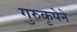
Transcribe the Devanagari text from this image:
गुरुकृपेने